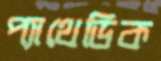
প্যাথেডিক